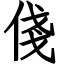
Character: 俴